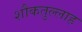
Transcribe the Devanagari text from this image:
शौकतुल्लाह